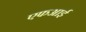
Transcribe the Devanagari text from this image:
एफआई